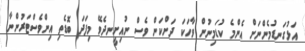
އަޅުގަނޑުމެންނަށް އެންމެ ކުޑަމިނުން ވާހަކަ ދަށްކަން ވެސް ނުއިށީނދެވޭ މިފަދަ ބޮޑެތި އިންވެސްޓަރުންނާ